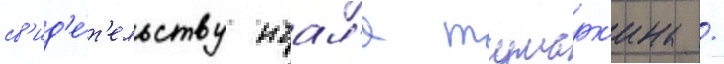
св'ид'е́т'ельству игал'я тумарк'ина /